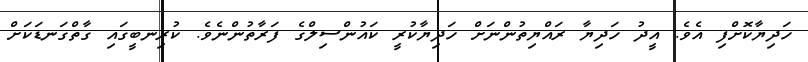
ހަދިޔާކޮށްފި އެވެ. އީދު ހަދިޔާ ރައްޔިތުންނަށް ހަދިޔާކުރީ ކައުންސިލްގެ ފަރާތުންނެވެ. ކުރިނބީގައި ގާތްގަނޑަކަށް